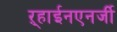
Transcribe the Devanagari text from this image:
ऱ्हाईनएनर्जी